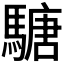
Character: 𩥁